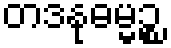
တဒနုဓမ္မဉ္စ